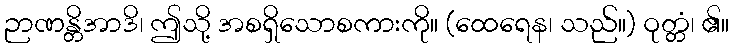
ဉာဏန္တိအာဒိ၊ ဤသို့ အစရှိသောစကားကို။ (ထေရေန၊ သည်။) ဝုတ္တံ၊ ၏။